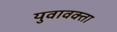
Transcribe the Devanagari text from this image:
युवावक्ता